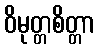
ဝိမုတ္တစိတ္တာ